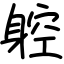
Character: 躻